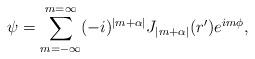
LaTeX: \begin{align*}\psi = \sum_{m= -\infty}^{m= \infty} (-i)^{ |m+ \alpha|} J_{|m+ \alpha|} (r') e^{i m \phi},\end{align*}